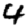
Digit: 4